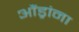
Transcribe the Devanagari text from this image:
औंड्रांना